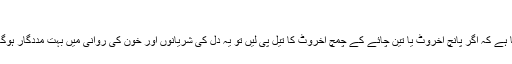
بدھ‬‮ 13	جون‬‮	2018 | 22:38
نیویارک:یونیورسٹی آف پینسلوینیا کی ماہر غذا ڈاکٹر پینی کرس کا کہنا ہے کہ اگر پانچ اخروٹ یا تین چائے کے چمچ اخروٹ کا تیل پی لیں تو یہ دل کی شریانوں اور خون کی روانی میں بہت مددگار ہوگا اور صرف چار گھنٹے میں آپ کے خون کی روانی بہتر ہوجائے گی۔